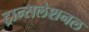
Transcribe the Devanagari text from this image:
ट्रान्सलेशनल